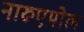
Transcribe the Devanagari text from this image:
नारुएमोल